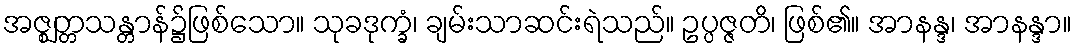
အဇ္ဈတ္တသန္တာန်၌ဖြစ်သော။ သုခဒုက္ခံ၊ ချမ်းသာဆင်းရဲသည်။ ဥပ္ပဇ္ဇတိ၊ ဖြစ်၏။ အာနန္ဒ၊ အာနန္ဒာ။